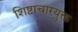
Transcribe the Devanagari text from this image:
शिष्टाचारयुक्त